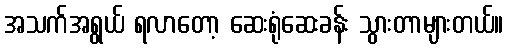
အသက်အရွယ် ရလာတော့ ဆေးရုံဆေးခန်း သွားတာများတယ်။